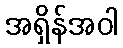
အရှိန်အဝါ